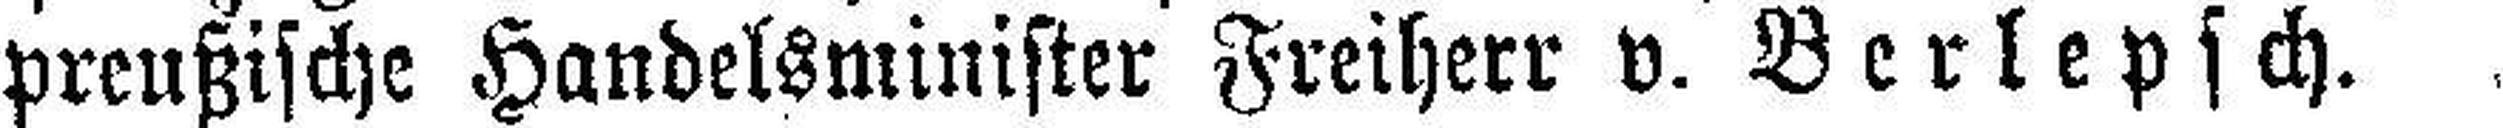
preußische Handelsminister Freiherr v. Berlepsch.